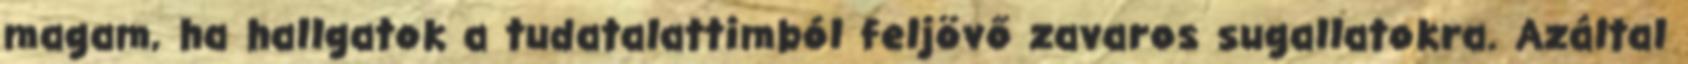
magam, ha hallgatok a tudatalattimból feljövő zavaros sugallatokra. Azáltal